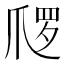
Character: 𱬿